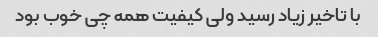
با تاخیر زیاد رسید ولی کیفیت همه چی خوب بود